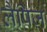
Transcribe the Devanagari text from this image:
लैपिज़